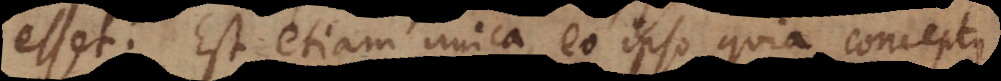
esset. Est etiam unica, eo ipso quia conceptus